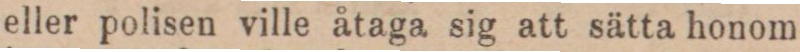
eller polisen ville åtaga sig att sätta honom